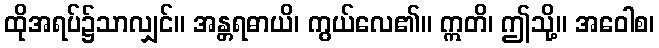
ထိုအရပ်၌သာလျှင်။ အန္တရဓာယိ၊ ကွယ်လေ၏။ ဣတိ၊ ဤသို့။ အဝေါစ၊